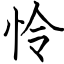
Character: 怜